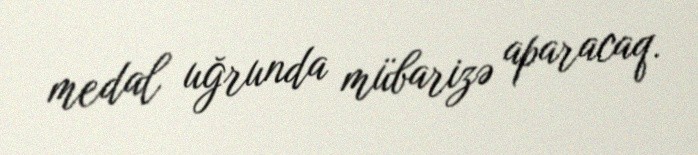
medal uğrunda mübarizə aparacaq.